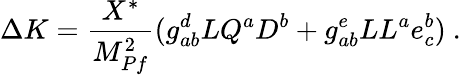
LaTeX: \Delta K={\frac{X^{*}}{M_{Pf}^{2}}}(g_{ab}^{d}LQ^{a}D^{b}+g_{ab}^{e}LL^{a}e_{c}^{b})~.